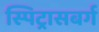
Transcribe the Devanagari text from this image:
स्पिट्रासबर्ग